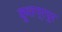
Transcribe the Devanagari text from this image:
कुशग्रपुर